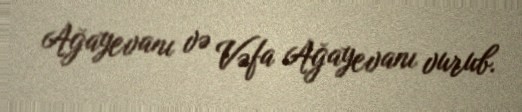
Ağayevanı və Vəfa Ağayevanı vurub.